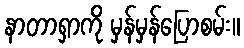
နာတာရှာကို မှန်မှန်ပြောစမ်း။